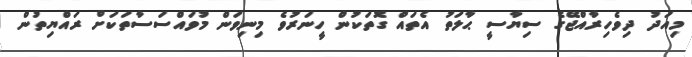
މިއަދު ދިވެހިރާއްޖޭގެ ސިޔާސީ ޙާލަތު އެތައް ގޮތަކުން ހީނަރުވެ މިނިވަން މުވައްސަސާތަކަށް ރައްޔިތުން